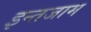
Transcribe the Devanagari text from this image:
इन्‍तजाम